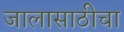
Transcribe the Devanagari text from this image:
जालासाठीचा